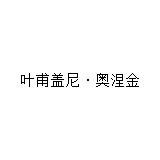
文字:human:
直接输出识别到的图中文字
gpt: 叶甫盖尼·奥涅金